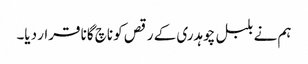
ہم نے بلبل چوہدری کے رقص کو ناچ گانا قرار دیا۔